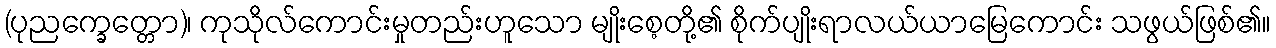
(ပုညက္ခေတ္တော)၊ ကုသိုလ်ကောင်းမှုတည်းဟူသော မျိုးစေ့တို့၏ စိုက်ပျိုးရာလယ်ယာမြေကောင်း သဖွယ်ဖြစ်၏။